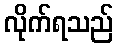
လိုက်ရသည်